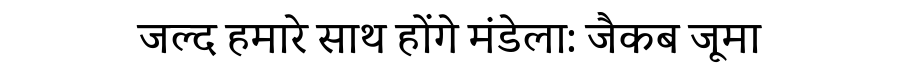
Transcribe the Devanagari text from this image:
जल्द हमारे साथ होंगे मंडेला: जैकब जूमा